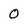
Character: 0